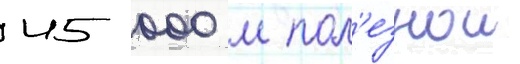
45 000 м пол'езнои